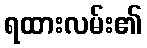
ရထားလမ်း၏